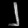
Digit: ၂